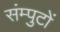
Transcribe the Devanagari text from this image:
संम्पुटों